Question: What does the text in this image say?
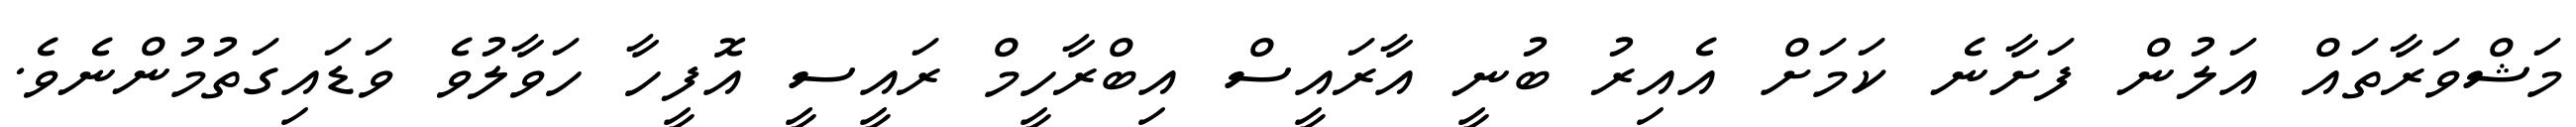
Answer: މަޝްވަރާތައް އަލުން ފަށާނެ ކަމަށް އެއިރު ބުނީ އާރައީސް އިބްރާހީމް ރައީސީ އޮފީހާ ހަވާލުވެ ވަޑައިގަތުމުންނެވެ.